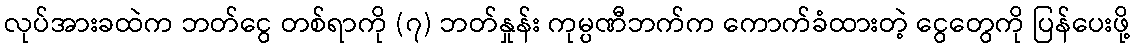
လုပ်အားခထဲက ဘတ်ငွေ တစ်ရာကို (၇) ဘတ်နှုန်း ကုမ္ပဏီဘက်က ကောက်ခံထားတဲ့ ငွေတွေကို ပြန်ပေးဖို့